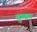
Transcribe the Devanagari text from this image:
शुष्क।